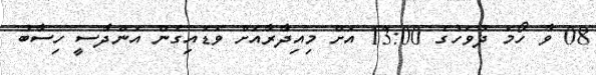
08 ވާ ހޯމަ ދުވަހުގެ 13:00 އަށް މިއިދާރާއަށް ވަޑައިގެން އަންދާސީ ހިސާބު